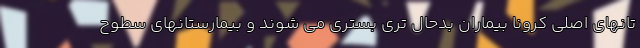
تانهای اصلی کرونا بیماران بدحال تری بستری می شوند و بیمارستانهای سطوح